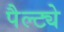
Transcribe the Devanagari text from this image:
पैल्ट्ये